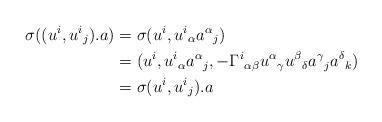
LaTeX: \begin{align*}\sigma((u^i,u^i{}_j).a)&=\sigma(u^i,u^i{}_\alpha a^\alpha{}_j)\\*&=(u^i,u^i{}_\alpha a^\alpha{}_j,-\Gamma^i{}_{\alpha\beta}u^\alpha{}_\gamma u^\beta{}_\delta a^\gamma{}_ja^\delta{}_k)\\*&=\sigma(u^i,u^i{}_j).a\end{align*}